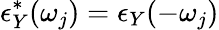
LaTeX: \epsilon_{Y}^{*}(\omega_{j})=\epsilon_{Y}(-\omega_{j})